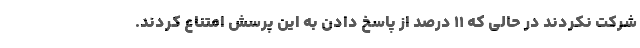
شرکت نکردند در حالی که ۱۱ درصد از پاسخ دادن به این پرسش امتناع کردند.